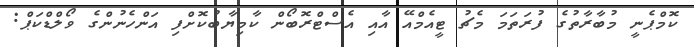
ކޮމްޕެނީ މުބާރާތުގެ ފުރަތަމަ މެޗު ޓީއެމްއޭ އާއި އެސްޓްރޮބޯން ކާމިޔާބުކޮށްފި އަންހެނުންގެ ވޯލްޑްކަޕް: